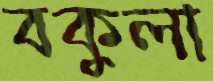
বকুলা